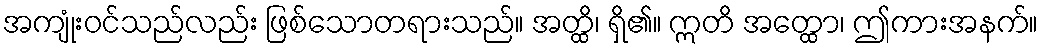
အကျုံးဝင်သည်လည်း ဖြစ်သောတရားသည်။ အတ္ထိ၊ ရှိ၏။ ဣတိ အတ္ထော၊ ဤကားအနက်။